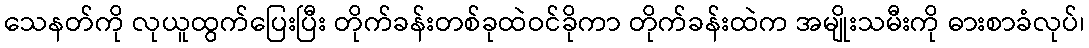
သေနတ်ကို လုယူထွက်ပြေးပြီး တိုက်ခန်းတစ်ခုထဲဝင်ခိုကာ တိုက်ခန်းထဲက အမျိုးသမီးကို ဓားစာခံလုပ်၊